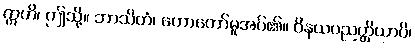
ဣတိ၊ ဤသို့။ ဘာသိတံ၊ ဟောတော်မူအပ်၏။ ဝိနယပညတ္တိယာပိ၊